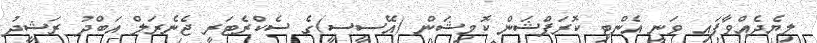
ލިޔެދެއްވާފައި ވަނީ އެންޓި ކޮރަޕްޝަން ކޮމިޝަން (އޭސީސީ)ގެ ސެކްރެޓަރީ ޖެނެރަލް އަބްދު ރަޝީދު